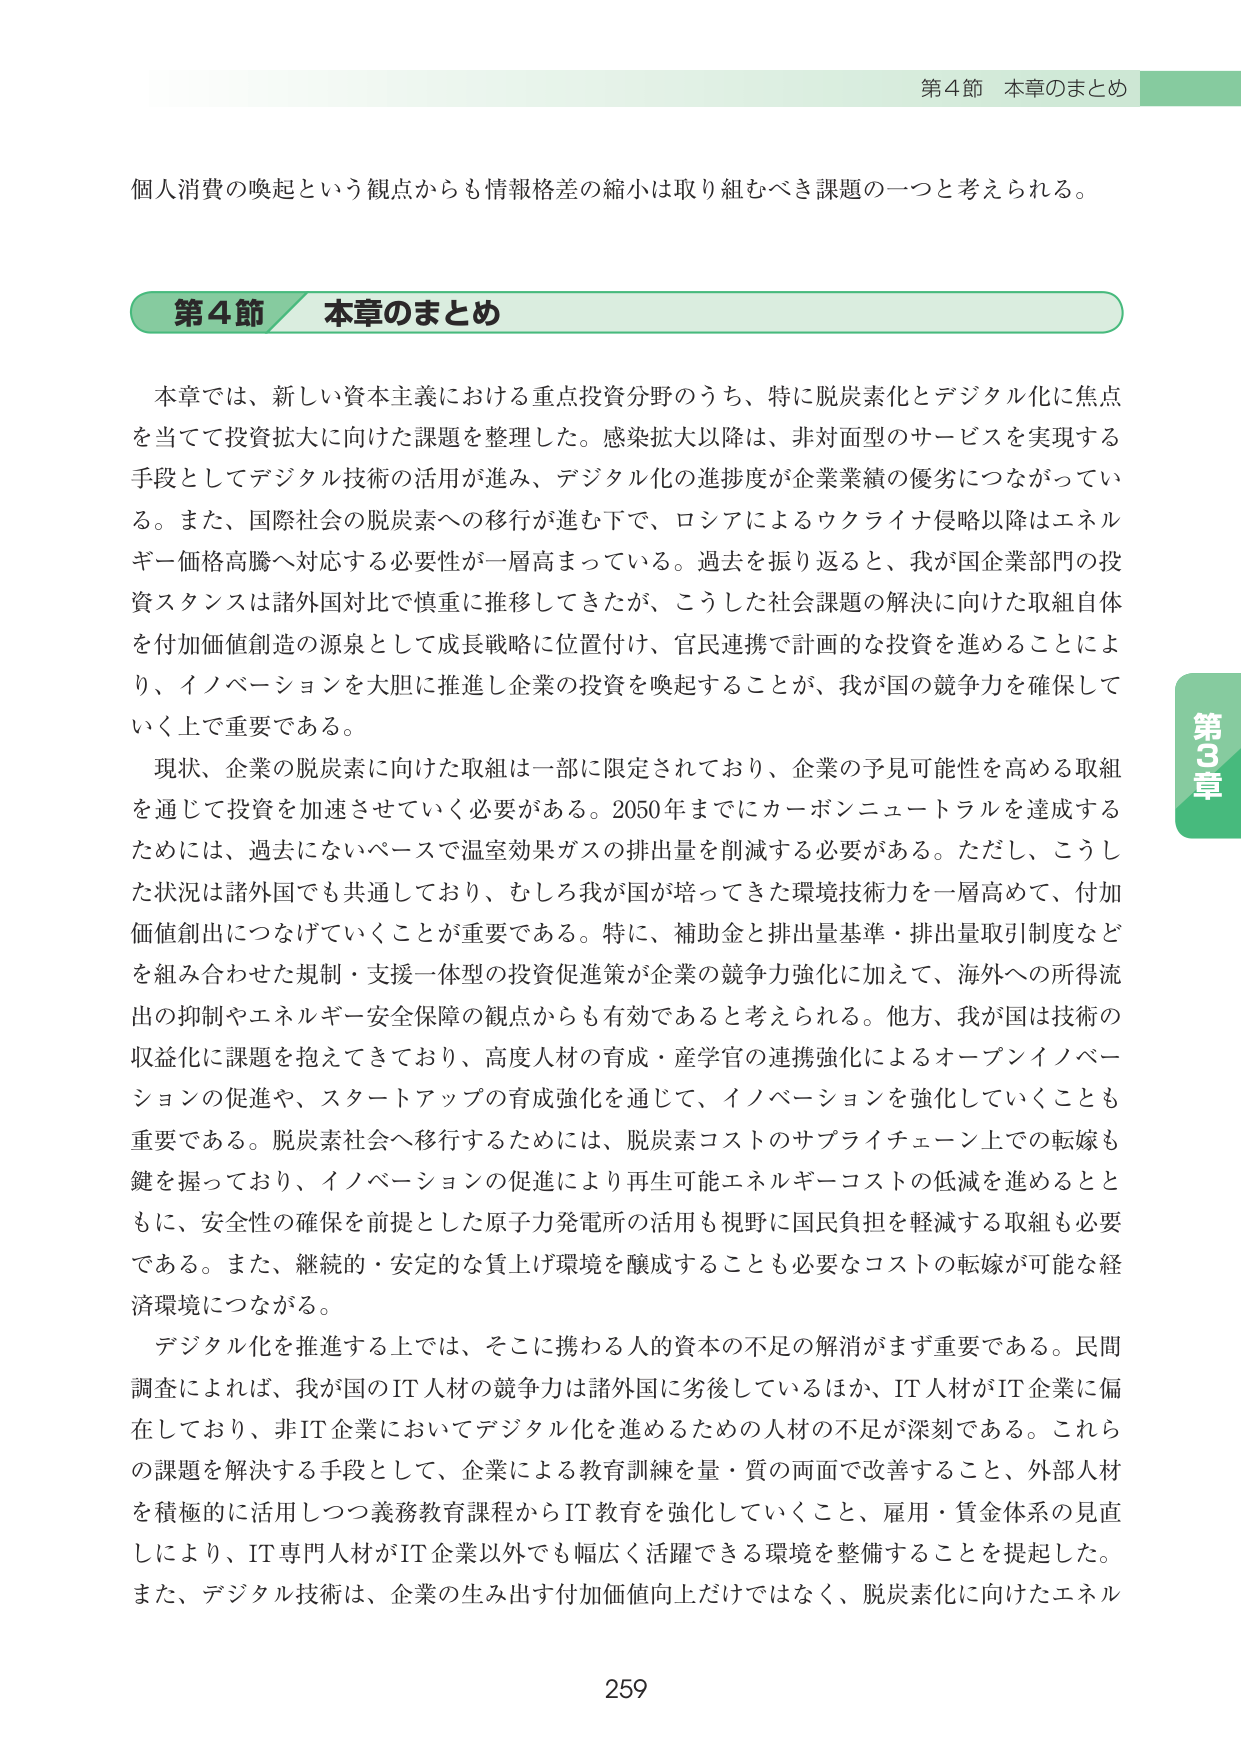
第4節 本章のまとめ

個人消費の喚起という観点からも情報格差の縮小は取り組むべき課題の一つと考えられる。

第4節 本章のまとめ

本章では、新しい資本主義における重点投資分野のうち、特に脱炭素化とデジタル化に焦点を当てて投資拡大に向けた課題を整理した。感染拡大以降は、非対面型のサービスを実現する手段としてデジタル技術の活用が進み、デジタル化の進捗度が企業業績の優劣につながっている。また、国際社会の脱炭素への移行が進む下で、ロシアによるウクライナ侵略以降はエネルギー価格高騰へ対応する必要性が一層高まっている。過去を振り返ると、我が国企業部門の投資スタンスは諸外国対比で慎重に推移してきたが、こうした社会課題の解決に向けた取組自体を付加価値創造の源泉として成長戦略に位置付け、官民連携で計画的な投資を進めることにより、イノベーションを大胆に推進し企業の投資を喚起することが、我が国の競争力を確保していく上で重要である。

現状、企業の脱炭素に向けた取組は一部に限定されており、企業の予見可能性を高める取組を通じて投資を加速させていく必要がある。2050年までにカーボンニュートラルを達成するためには、過去にないペースで温室効果ガスの排出量を削減する必要がある。ただし、こうした状況は諸外国でも共通しており、むしろ我が国が培ってきた環境技術力を一層高めて、付加価値創出につなげていくことが重要である。特に、補助金と排出量基準・排出量取引制度などを組み合わせた規制・支援一体型の投資促進策が企業の競争力強化に加えて、海外への所得流出の抑制やエネルギー安全保障の観点からも有効であると考えられる。他方、我が国は技術の収益化に課題を抱えてきており、高度人材の育成・産学官の連携強化によるオープンイノベーションの促進や、スタートアップの育成強化を通じて、イノベーションを強化していくことも重要である。脱炭素社会へ移行するためには、脱炭素コストのサプライチェーン上での転嫁も鍵を握っており、イノベーションの促進により再生可能エネルギーコストの低減を進めるとともに、安全性の確保を前提とした原子力発電所の活用も視野に国民負担を軽減する取組も必要である。また、継続的・安定的な質上げ環境を醸成することも必要なコストの転嫁が可能な経済環境につながる。

デジタル化を推進する上では、そこに携わる人的資本の不足の解消がまず重要である。民間調査によれば、我が国のIT人材の競争力は諸外国に劣後しているほか、IT人材がIT企業に偏在しており、非IT企業においてデジタル化を進めるための人材の不足が深刻である。これらの課題を解決する手段として、企業による教育訓練を量・質の両面で改善すること、外部人材を積極的に活用しつつ義務教育課程からIT教育を強化していくこと、雇用・賃金体系の見直しにより、IT専門人材がIT企業以外でも幅広く活躍できる環境を整備することを提起した。また、デジタル技術は、企業の生み出す付加価値向上だけではなく、脱炭素化に向けたエネル

259

第3章